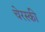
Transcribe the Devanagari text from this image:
चेरस्की